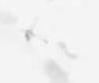
候